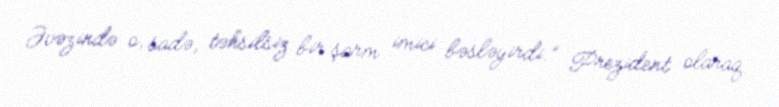
Əvəzində o, sadə, təhsilsiz bir şarm imici bəsləyirdi.” Prezident olaraq